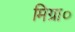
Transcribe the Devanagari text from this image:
मिग्रा०